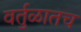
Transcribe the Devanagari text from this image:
वर्तुळातच